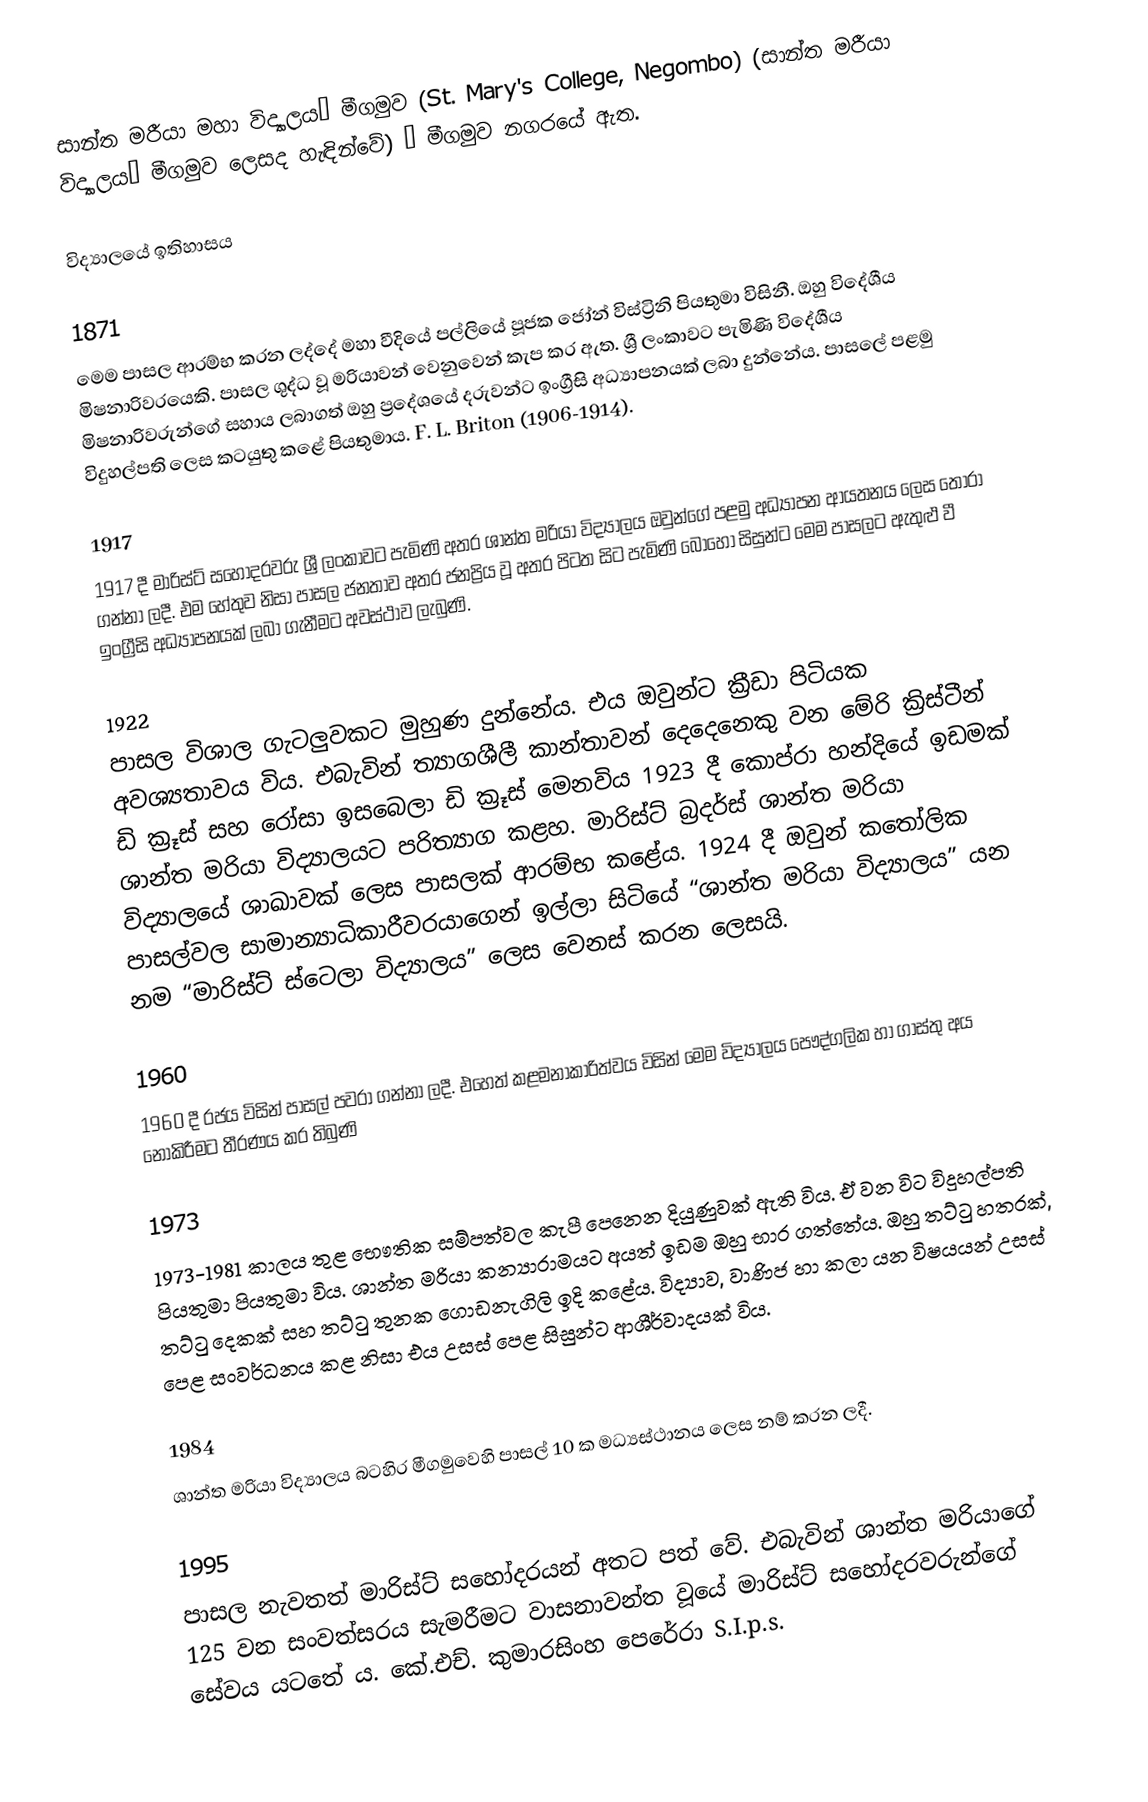
සාන්ත මරීයා මහා විද්‍යාලය‚ මීගමුව (St. Mary's College, Negombo) (සාන්ත මරීයා විද්‍යාලය‚ මීගමුව ලෙසද හැඳින්වේ) ‚ මීගමුව නගරයේ ඇත.

විද්‍යාලයේ ඉතිහාසය

1871
මෙම පාසල ආරම්භ කරන ලද්දේ මහා වීදියේ පල්ලියේ පූජක ජෝන් විස්ට්‍රිනි පියතුමා විසිනී. ඔහු විදේශීය මිෂනාරිවරයෙකි. පාසල ශුද්ධ වූ මරියාවන් වෙනුවෙන් කැප කර ඇත. ශ්‍රී ලංකාවට පැමිණි විදේශීය මිෂනාරිවරුන්ගේ සහාය ලබාගත් ඔහු ප්‍රදේශයේ දරුවන්ට ඉංග්‍රීසි අධ්‍යාපනයක් ලබා දුන්නේය. පාසලේ පළමු විදුහල්පති ලෙස කටයුතු කළේ පියතුමාය. F. L. Briton (1906-1914).

1917
1917 දී මාරිස්ට් සහෝදරවරු ශ්‍රී ලංකාවට පැමිණි අතර ශාන්ත මරියා විද්‍යාලය ඔවුන්ගේ පළමු අධ්‍යාපන ආයතනය ලෙස තෝරා ගන්නා ලදී. එම හේතුව නිසා පාසල ජනතාව අතර ජනප්‍රිය වූ අතර පිටත සිට පැමිණි බොහෝ සිසුන්ට මෙම පාසලට ඇතුළු වී ඉංග්‍රීසි අධ්‍යාපනයක් ලබා ගැනීමට අවස්ථාව ලැබුණි.

1922
පාසල විශාල ගැටලුවකට මුහුණ දුන්නේය. එය ඔවුන්ට ක්‍රීඩා පිටියක අවශ්‍යතාවය විය. එබැවින් ත්‍යාගශීලී කාන්තාවන් දෙදෙනෙකු වන මේරි ක්‍රිස්ටීන් ඩි ක්‍රූස් සහ රෝසා ඉසබෙලා ඩි ක්‍රූස් මෙනවිය 1923 දී කොප්රා හන්දියේ ඉඩමක් ශාන්ත මරියා විද්‍යාලයට පරිත්‍යාග කළහ. මාරිස්ට් බ්‍රදර්ස් ශාන්ත මරියා විද්‍යාලයේ ශාඛාවක් ලෙස පාසලක් ආරම්භ කළේය. 1924 දී ඔවුන් කතෝලික පාසල්වල සාමාන්‍යාධිකාරීවරයාගෙන් ඉල්ලා සිටියේ “ශාන්ත මරියා විද්‍යාලය” යන නම “මාරිස්ට් ස්ටෙලා විද්‍යාලය” ලෙස වෙනස් කරන ලෙසයි.

1960
1960 දී රජය විසින් පාසල් පවරා ගන්නා ලදී. එහෙත් කළමනාකාරිත්වය විසින් මෙම විද්‍යාලය පෞද්ගලික හා ගාස්තු අය නොකිරීමට තීරණය කර තිබුණි

1973
1973-1981 කාලය තුළ භෞතික සම්පත්වල කැපී පෙනෙන දියුණුවක් ඇති විය. ඒ වන විට විදුහල්පති පියතුමා පියතුමා විය. ශාන්ත මරියා කන්‍යාරාමයට අයත් ඉඩම ඔහු භාර ගත්තේය. ඔහු තට්ටු හතරක්, තට්ටු දෙකක් සහ තට්ටු තුනක ගොඩනැගිලි ඉදි කළේය. විද්‍යාව, වාණිජ හා කලා යන විෂයයන් උසස් පෙළ සංවර්ධනය කළ නිසා එය උසස් පෙළ සිසුන්ට ආශීර්වාදයක් විය.

1984
ශාන්ත මරියා විද්‍යාලය බටහිර මීගමුවෙහි පාසල් 10 ක මධ්‍යස්ථානය ලෙස නම් කරන ලදී.

1995
පාසල නැවතත් මාරිස්ට් සහෝදරයන් අතට පත් වේ. එබැවින් ශාන්ත මරියාගේ 125 වන සංවත්සරය සැමරීමට වාසනාවන්ත වූයේ මාරිස්ට් සහෝදරවරුන්ගේ සේවය යටතේ ය. කේ.එච්. කුමාරසිංහ පෙරේරා S.I.p.s.